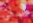
سأتي